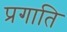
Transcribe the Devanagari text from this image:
प्रगाति